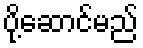
ပို့ဆောင်မည်